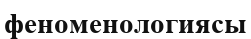
феноменологиясы